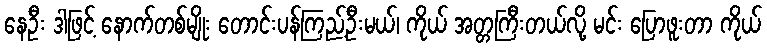
နေဦး ဒါဖြင့် နောက်တစ်မျိုး တောင်းပန်ကြည့်ဦးမယ်၊ ကိုယ် အတ္တကြီးတယ်လို့ မင်း ပြောဖူးတာ ကိုယ်